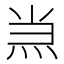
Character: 𱫂